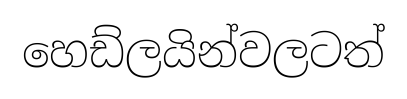
හෙඩ්ලයින්වලටත්